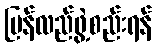
ပြန်လည်ဖွဲ့စည်းရန်